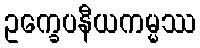
ဥက္ခေပနီယကမ္မဿ